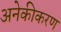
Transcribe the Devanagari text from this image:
अनेकीकरण